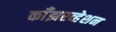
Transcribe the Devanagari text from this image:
काँझरव्हेशन